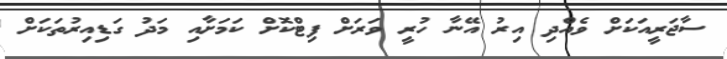
ސާޖަރީއަކަށް ވެއްދި އިރު އޭނާ ހުރީ ވަރަށް ފިޓްކޮށް ކަމަށާއި މަދު ގަޑިއިރުތަކަށް